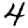
Digit: 4